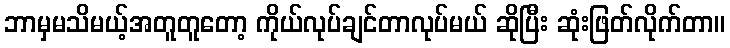
ဘာမှမသိမယ့်အတူတူတော့ ကိုယ်လုပ်ချင်တာလုပ်မယ် ဆိုပြီး ဆုံးဖြတ်လိုက်တာ။